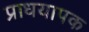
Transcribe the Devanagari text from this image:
प्राधयापक